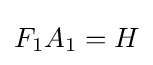
F_{1}A_{1}=H